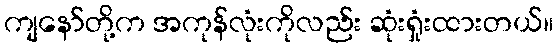
ကျနော်တို့က အကုန်လုံးကိုလည်း ဆုံးရှုံးထားတယ်။